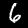
Digit: 6